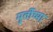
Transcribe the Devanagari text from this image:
मु्र्तीच्या